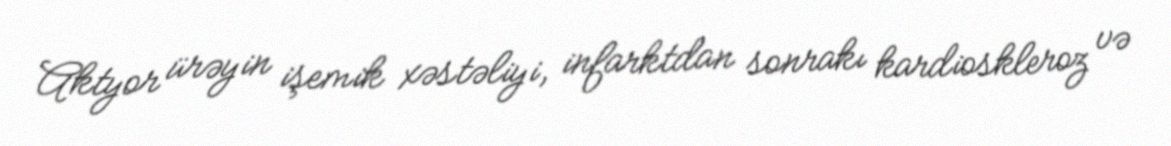
Aktyor ürəyin işemik xəstəliyi, infarktdan sonrakı kardioskleroz və